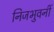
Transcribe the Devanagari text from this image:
निजभुवनीं